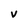
Character: V